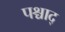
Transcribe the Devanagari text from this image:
पश्चाद्